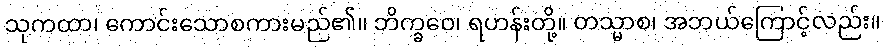
သုကထာ၊ ကောင်းသောစကားမည်၏။ ဘိက္ခဝေ၊ ရဟန်းတို့။ တသ္မာစ၊ အဘယ်ကြောင့်လည်း။